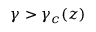
\gamma > \gamma _ { c } ( z )